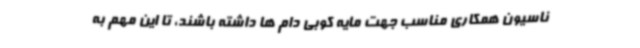
ناسیون همکاری مناسب جهت مایه کوبی دام ها داشته باشند، تا این مهم به